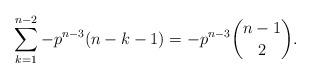
LaTeX: \begin{align*}\sum_{k=1}^{n-2} -p^{n-3} (n-k-1) &= -p^{n-3} \binom{n-1}{2}.\end{align*}